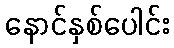
နောင်နှစ်ပေါင်း